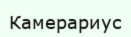
Камерариус